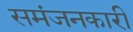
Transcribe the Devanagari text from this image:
समंजनकारी